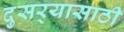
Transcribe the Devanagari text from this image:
दुसर्‍यासाठी